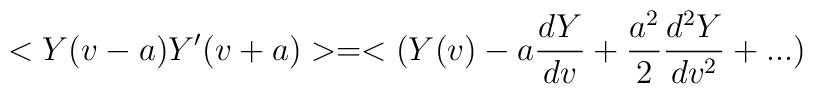
<Y(v-a)Y'(v+a)>= <(Y(v)-a {dY\over dv} + {a^2\over 2}{d^2Y\over dv^2}+...)